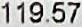
119.57